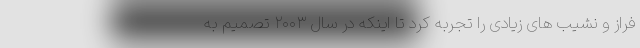
فراز و نشیب های زیادی را تجربه کرد تا اینکه در سال ۲۰۰۳ تصمیم به